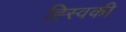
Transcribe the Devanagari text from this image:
ह्स्विकी